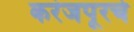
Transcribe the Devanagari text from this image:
करंजपूरचे